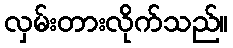
လှမ်းတားလိုက်သည်။